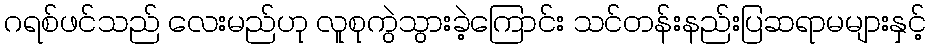
ဂရစ်ဖင်သည် လေးမည်ဟု လူစုကွဲသွားခဲ့ကြောင်း သင်တန်းနည်းပြဆရာမများနှင့်